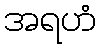
အရဟံ